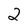
Character: 2